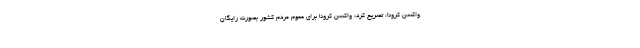
واکسن کرونا،‌ تصریح کرد: واکسن کرونا برای عموم مردم کشور بصورت رایگان